Lunatic asylums Bombay report 1891-1903 - 1891-1903
Year: 1891
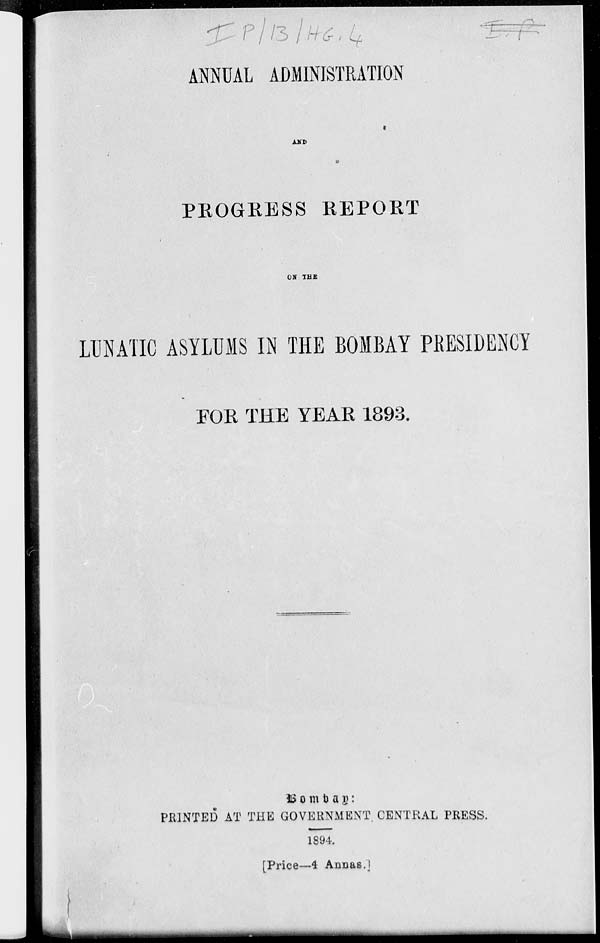
ANNUAL ADMINISTRATION
AND
PROGRESS REPORT
ON THE
LUNATIC ASYLUMS IN THE BOMBAY PRESIDENCY
FOR THE YEAR 1893.
Bombay :
PRINTED AT THE GOVERNMENT CENTRAL PRESS.
1894.
[Price—4 Annas.]